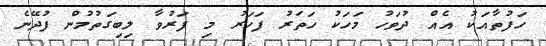
ހަފުތާއަކު އެއް ދުވަހު މަހަކު ހަތަރު ފަހަރު މި ފަރުވާ ލިބިގަތުމުން ފުދޭނެ